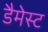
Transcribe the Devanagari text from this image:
डैमेस्ट